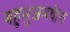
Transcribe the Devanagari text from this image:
बहुभुजमधील